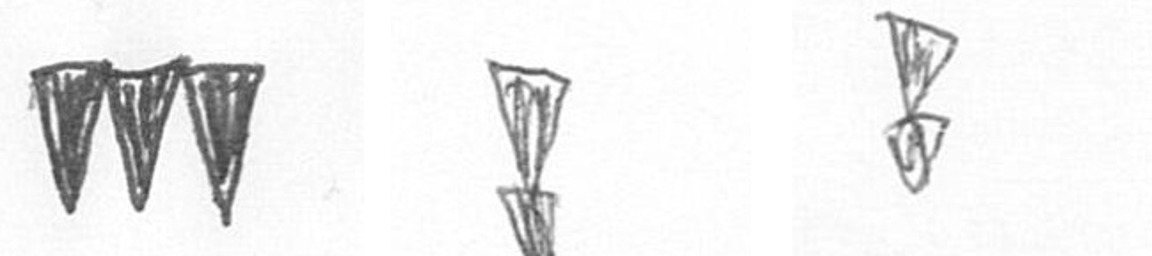
L Z Z